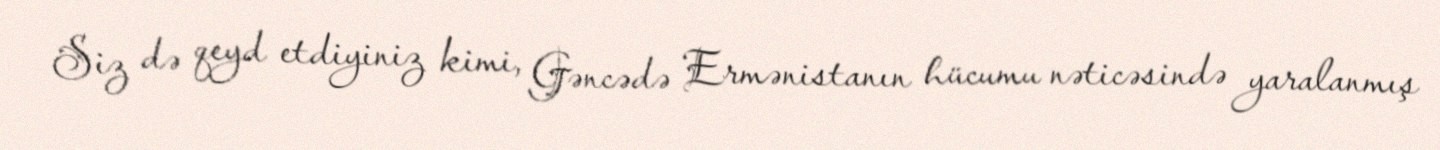
Siz də qeyd etdiyiniz kimi, Gəncədə Ermənistanın hücumu nəticəsində yaralanmış